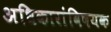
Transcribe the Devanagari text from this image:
अधिकारांविषयक